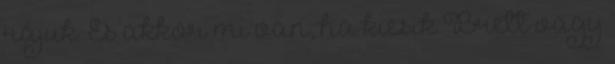
rájuk. És akkor mi van, ha kiesik Brett vagy